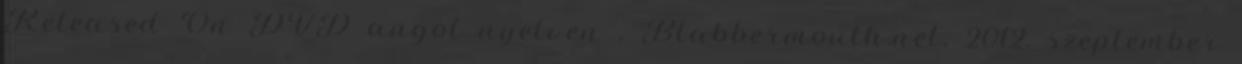
Released On DVD angol nyelven . Blabbermouth.net, 2012. szeptember